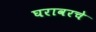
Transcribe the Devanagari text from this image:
घरावरचे